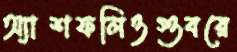
অ্যাশফলিওগুবরে